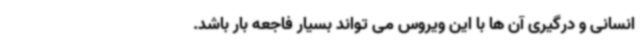
انسانی و درگیری آن ها با این ویروس می تواند بسیار فاجعه بار باشد.